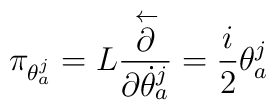
\pi_{\theta_a^j}= L\frac{\stackrel{\leftarrow}{\partial}}{\partial \dot{\theta}_a^j}=\frac{i}{2} \theta_a^j